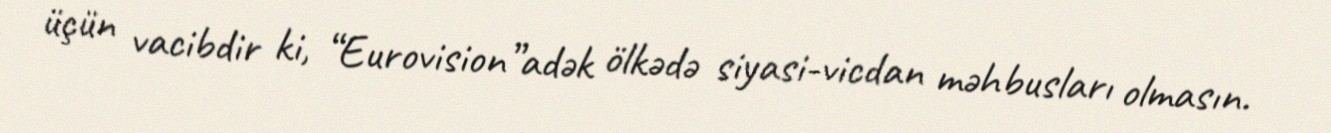
üçün vacibdir ki, “Eurovision”adək ölkədə siyasi-vicdan məhbusları olmasın.